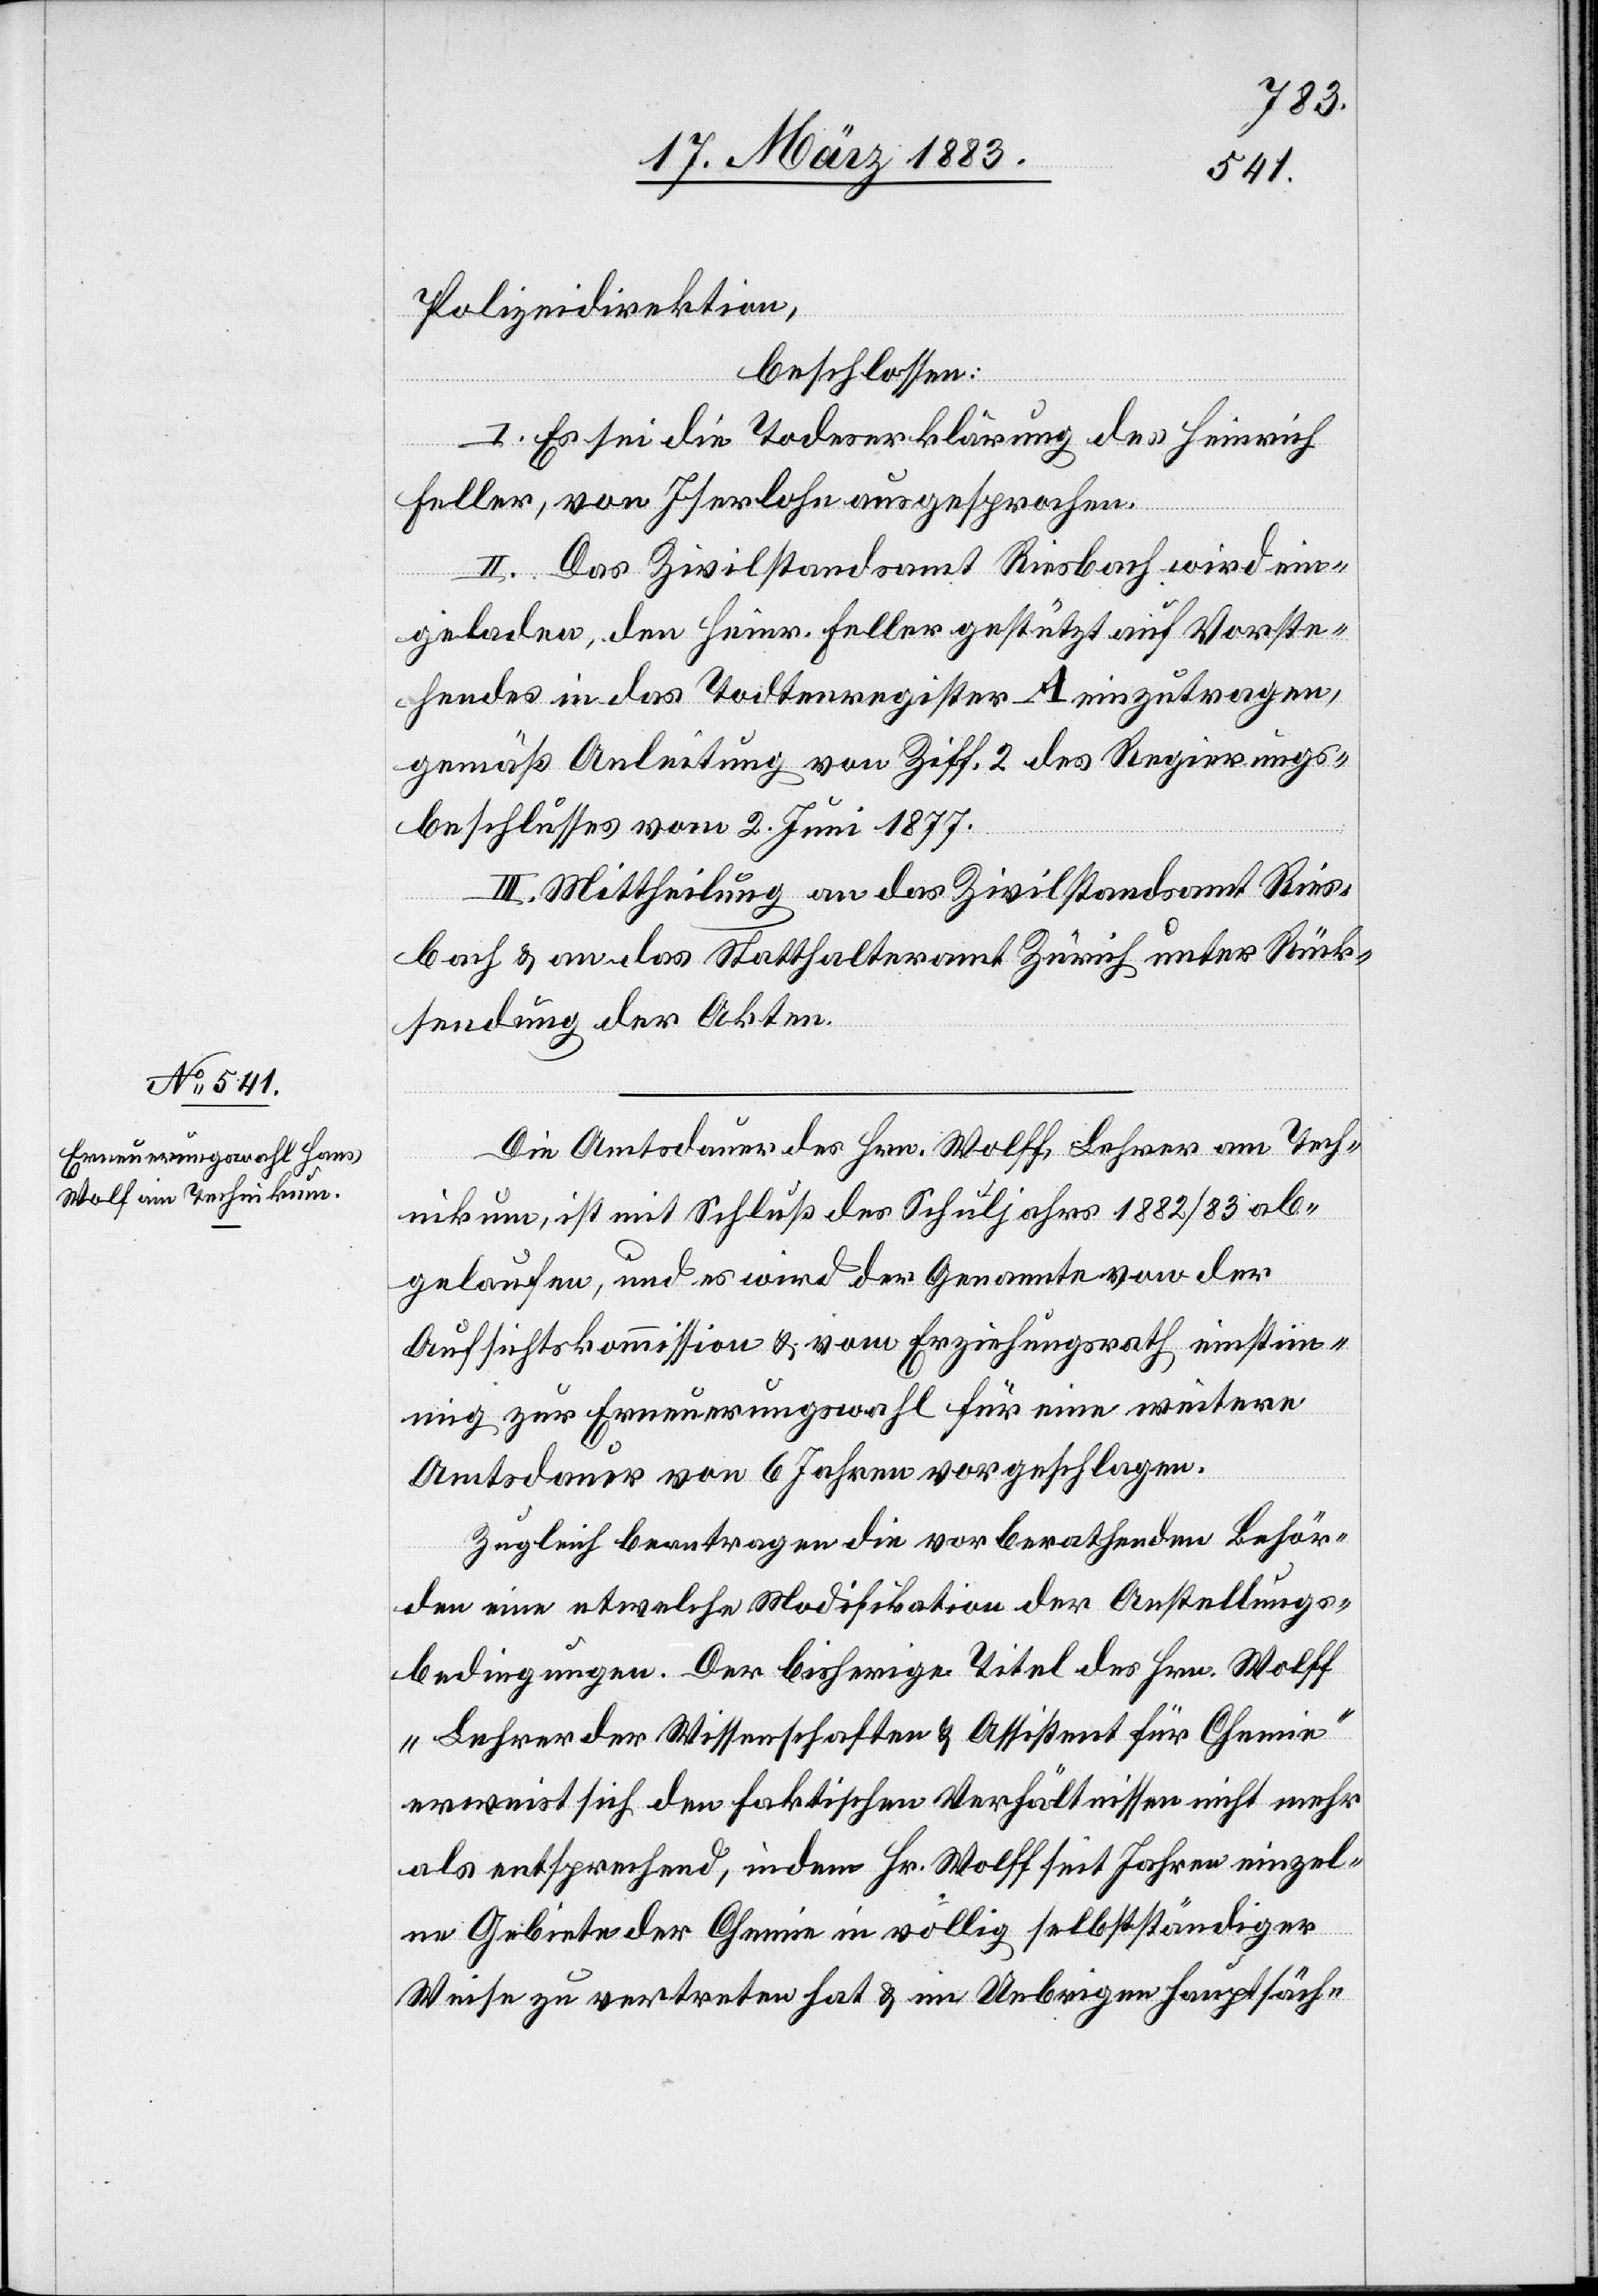
Polizeidirektion,
beschlossen:
I. Es sei die Todeserklärung des Heinrich
Feller, von Iserlohn ausgesprochen.
II. Das Zivilstandsamt Riesbach wird ein¬
geladen, den Heinr. Feller gestützt auf Vorste¬
hendes in das Todtenregister A einzutragen,
gemäß Anleitung von Ziff. 2 des Regierungs¬
beschlusses vom 2. Juni 1877.
III. Mittheilung an das Zivilstandsamt Ries¬
bach & an das Statthalteramt Zürich unter Rück¬
sendung der Akten.
Die Amtsdauer des Hrn. Wolff [sic!], Lehrer am Tech¬
nikum, ist mit Schluß des Schuljahrs 1882/83 ab¬
gelaufen, und es wird der Genannte von der
Aufsichtskommission & vom Erziehungsrath einstim¬
mig zur Erneuerungswahl für eine weitere
Amtsdauer von 6 Jahren vorgeschlagen.
Zugleich beantragen die berathenden Behör¬
den eine etwelche Modifikation der Anstellungs¬
bedingungen. Der bisherige Titel des Hrn. Wolff
„Lehrer der Wissenschaften & Assistent für Chemie“
erweist sich den faktischen Verhältnissen nicht mehr
als entsprechend, indem Hr. Wolff seit Jahren einzel¬
ne Gebiete der Chemie in völlig selbstständiger
Weise zu vertreten hat & im Uebrigen hauptsäch-